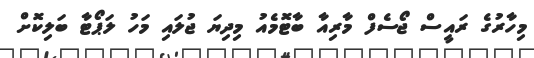
މިހާރުގެ ރައީސް ޖޯސެފް މާރިއާ ބާޓޮމެއު މިދިޔަ ޖުލައި މަހު ލަޕޯޓާ ބަލިކޮށް